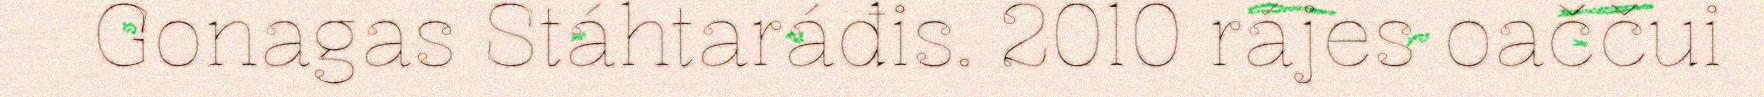
Gonagas Stáhtaráđis. 2010 rájes oaččui